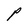
Character: P